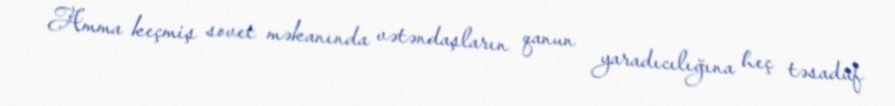
Amma keçmiş sovet məkanında vətəndaşların qanun yaradıcılığına heç təsadüf